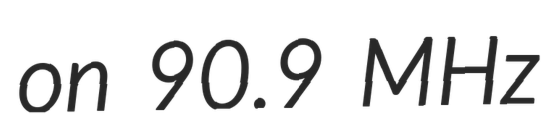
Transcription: on 90.9 MHz